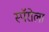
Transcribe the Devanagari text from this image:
स्पॅरोला